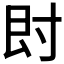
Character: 𡬠